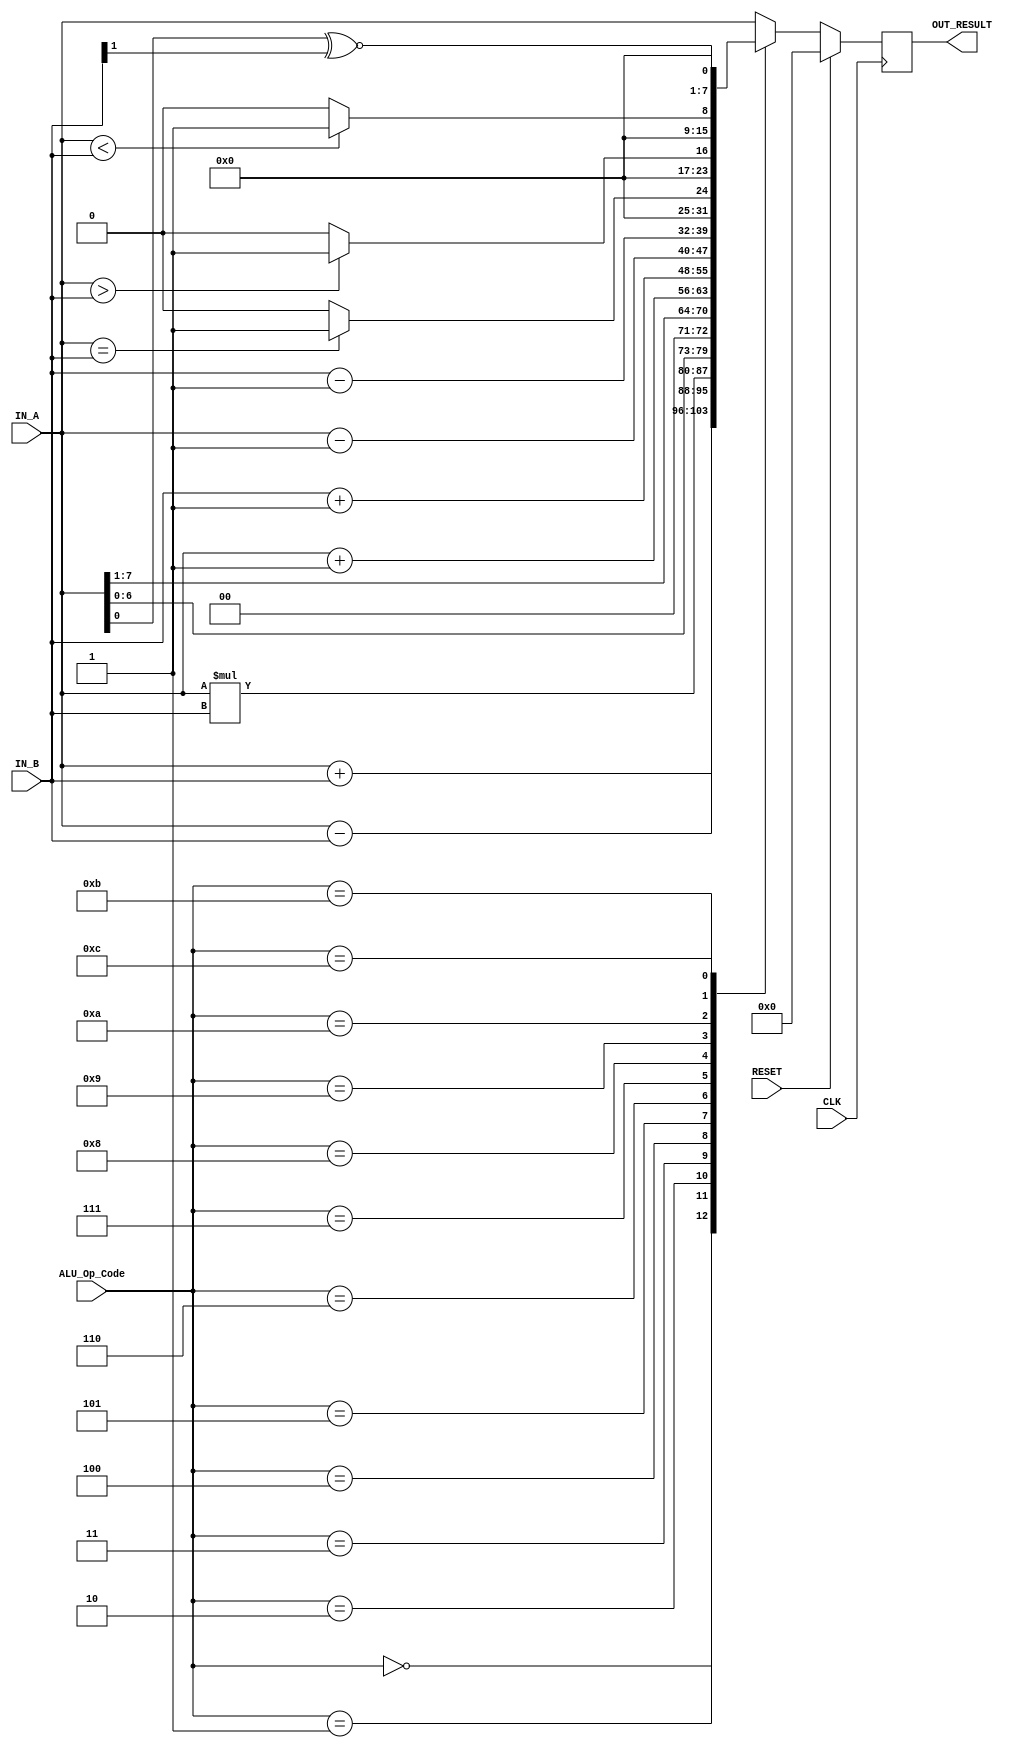
`timescale 1ns / 1ps
//////////////////////////////////////////////////////////////////////////////////
// Company: University of Edinburgh
// 
// Last Modification Date: 19.03.2018
// Design Name: Processor
// Module Name: ALU
// Project Name: VGA Interface (Microprocessor Version) for DSL4
// Target Devices: Digilent BASYS3
// Tool Versions: Vivado 2015.2
// Module Description: Module for performing arithmetic operations based on the instructions (opcode) from ROM
//                     Called in the processor module
//
///////PROJECT DESCRIPTION///////
/*
    The aim of the project is to implement full VGA control functionanlity on an FPGA. Microprocessor software
    has full control of VGA functionality 
    In this design, one "scene" can be displayed: - Chequered Image, 160*120 pixels resolution (basic task).
*/


    module ALU(
                //standard signals
                input CLK,
                input RESET,
                //I/O
                input [7:0] IN_A,
                input [7:0] IN_B,
                input [3:0] ALU_Op_Code,
                output [7:0] OUT_RESULT
                );
                
    reg [7:0] Out;
    
    //Arithmetic Computation
    always@(posedge CLK) 
    begin
        if(RESET)
            Out <= 0;
    else 
        begin
        
            case (ALU_Op_Code)
                //Maths Operations
                //Add A + B
                4'h0: Out <= IN_A + IN_B;
                
                //Subtract A - B
                4'h1: Out <= IN_A - IN_B;
        
                //Multiply A * B
                4'h2: Out <= IN_A * IN_B;
        
                //Shift Left A << 1
                4'h3: Out <= IN_A << 1;
                
                //Shift Right A >> 1
                4'h4: Out <= IN_A >> 1;
                
                //Increment A+1
                4'h5: Out <= IN_A + 1'b1;
                
                //Increment B+1
                4'h6: Out <= IN_B + 1'b1;
                
                //Decrement A-1
                4'h7: Out <= IN_A - 1'b1;
                
                //Decrement B+1
                4'h8: Out <= IN_B - 1'b1; 
                
                // In/Equality Operations
                //A == B
                4'h9: Out <= (IN_A == IN_B) ? 8'h01 : 8'h00;
                
                //A > B
                4'hA: Out <= (IN_A > IN_B) ? 8'h01 : 8'h00;
                
                //A < B
                4'hB: Out <= (IN_A < IN_B) ? 8'h01 : 8'h00;
                
                //A[0] ~^ B[0]
                4'hC: Out <= {7'b0000000, (IN_A[0] ~^ IN_B[1])}; 
                
                //Default A
                default: Out <= IN_A;
                
                endcase
            end
        end
            
        assign OUT_RESULT = Out;
        
    endmodule